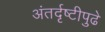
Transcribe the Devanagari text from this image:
अंतर्दृष्टीपुढे